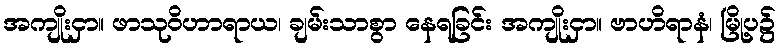
အကျိုးငှာ။ ဖာသုဝိဟာရာယ၊ ချမ်းသာစွာ နေရခြင်း အကျိုးငှာ။ ဗာဟိရာနံ၊ မြို့ပ၌